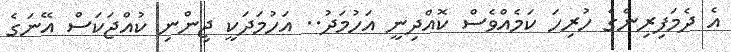
އެ ދެމަފިރިންގެ ހުރިހަ ކަމެއްވެސް ކޮއްދިނީ އަހުމަދު.. އަހުމަދަކީ ޖިންނި ކުއްޖަކަސް އޭނަގެ